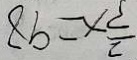
\frac { 2 } { 3 } x = 9 8